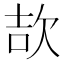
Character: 欯